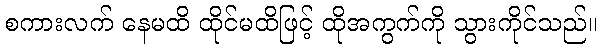
စကားလက် နေမထိ ထိုင်မထိဖြင့် ထိုအကွက်ကို သွားကိုင်သည်။